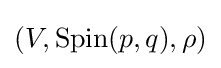
(V,{\text{Spin}}(p,q),\rho )